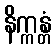
နိက္ကန္တံ